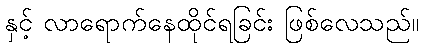
နှင့် လာရောက်နေထိုင်ရခြင်း ဖြစ်လေသည်။